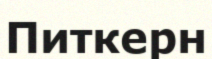
Питкерн